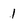
Character: 1